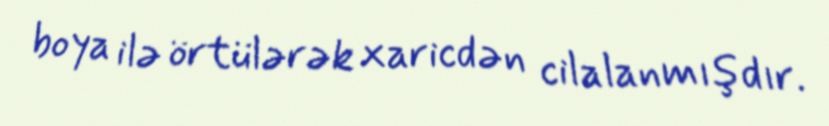
boya ilə örtülərək xaricdən cilalanmışdır.